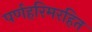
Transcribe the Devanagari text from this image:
पर्णहरिमरहित